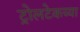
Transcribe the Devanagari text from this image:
ट्रोलटेकच्या